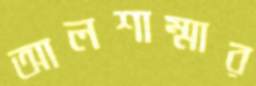
আলশাম্মার